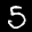
Label: 5